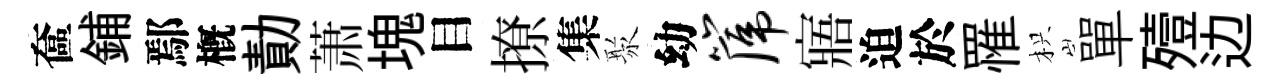
奩鋪鄢槪勣萧塊目撩集聚幼篪寤迫於罹枳單殪边